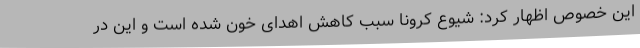
این خصوص اظهار کرد: شیوع کرونا سبب کاهش اهدای خون شده است و این در